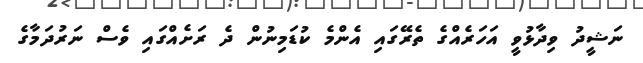
ނަޝީދު ވިދާޅުވީ އަހަރެއްގެ ތެރޭގައި އެންމެ ކުޑަމިނުން ދެ ރަށެއްގައި ވެސް ނަރުދަމާގެ